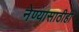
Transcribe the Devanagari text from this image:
नेण्यासाठीही